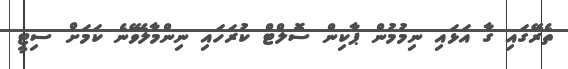
ތެރޭގައި ގާ އަޅައި ނިމުމުން ޕާކިން ސޮލްޓް ކުރަހައި ނިންމާލެވޭނެ ކަމަށް ސިޓީ